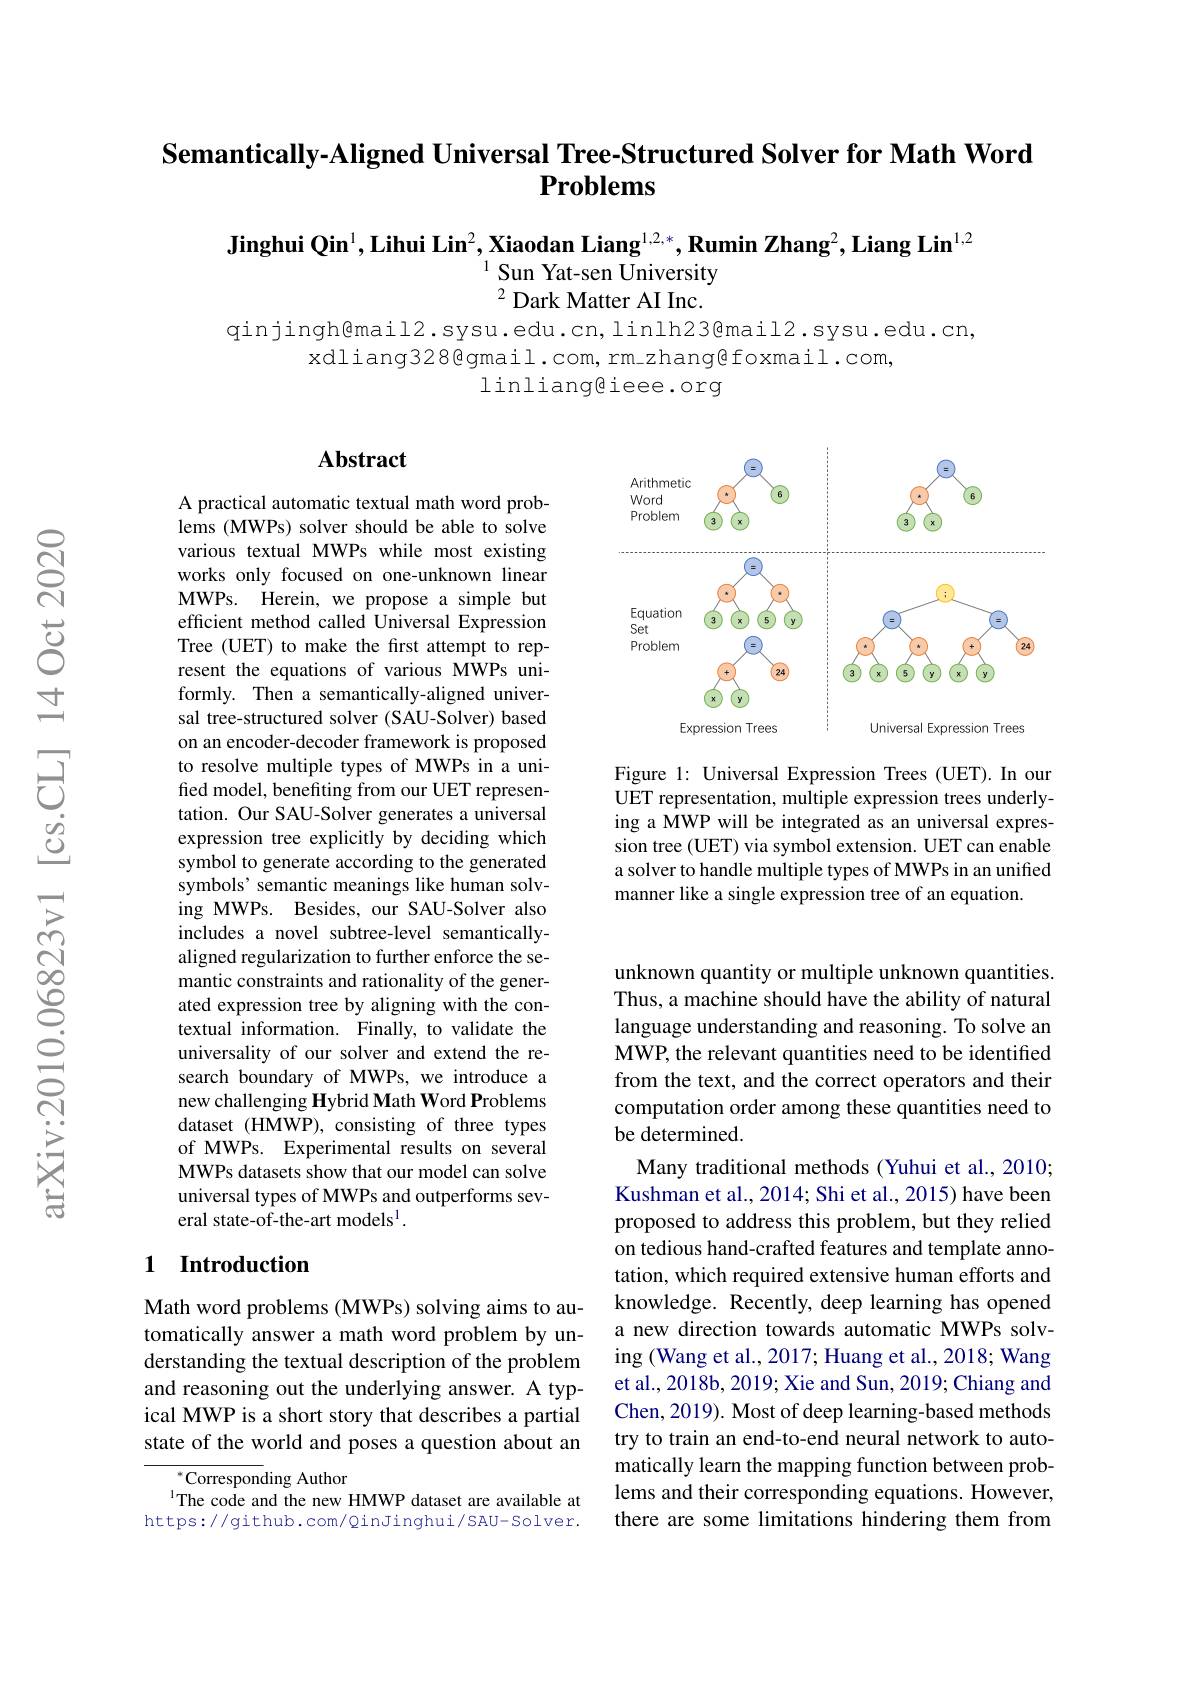
### Semantically-Aligned Universal Tree-Structured Solver for Math Word $\mathbf{Problems}$

Jinghui Qin$^1,\textbf{Lihui Lin}^2,\textbf{Xiaodan Liang}^{1,2,*},\textbf{Rumin Zhang}^2,\textbf{Liang Lin}^{1,2}$
$^{1}$Sun Yat-sen University $^2$ Dark Matter AI Inc.

qinjingh@mail2.sysu.edu.cn,linlh23@mail2.sysu.edu.cn,
xdliang328@gmail.com, rm\_zhang@foxmail.com,
linliangeiee.org

### $\mathbf{Abstract}$

<FigureHere>

Figure 1: Universal Expression Trees (UET).In our UET representation, multiple expression trees underlying a MWP will be integrated as an universal expression tree (UET) via symbol extension. UET can enable a solver to handle multiple types of MWPs in an uniffed manner like a single expression tree of an equation.

A practical automatic textual math word problems (MWPs) solver should be able to solve various textual MWPs while most existing works only focused on one-unknown linear MWPs. Herein, we propose a simple but efficient method called Universal Expression Tree (UET) to make the first attempt to represent the equations of various MWPs uniformly. Then a semantically-aligned universal tree-structured solver (SAU-Solver) based on an encoder-decoder framework is proposed to resolve multiple types of MWPs in a unified model, benefiting from our UET representation. Our SAU-Solver generates a universal expression tree explicitly by deciding which symbol to generate according to the generated symbols' semantic meanings like human solving MWPs. Besides, our SAU-Solver also includes a novel subtree-level semanticallyaligned regularization to further enforce the semantic constraints and rationality of the generated expression tree by aligning with the contextual information. Finally, to validate the universality of our solver and extend the research boundary of MWPs, we introduce a new challenging Hybrid Math Word Problems dataset (HMWP), consisting of three types of MWPs. Experimental results on several MWPs datasets show that our model can solve universal types of MWPs and outperforms several state-of-the-art models$^{\mathrm{l}}.$

unknown quantity or multiple unknown quantities. Thus, a machine should have the ability of natural language understanding and reasoning. To solve an MWP, the relevant quantities need to be identified from the text, and the correct operators and their computation order among these quantities need to be determined.
Many traditional methods (Yuhui et al., 2010; Kushman et al., 2014; Shi et al., 2015) have been proposed to address this problem, but they relied on tedious hand-crafted features and template annotation, which required extensive human efforts and knowledge. Recently, deep learning has opened a new direction towards automatic MWPs solving (Wang et al., 2017; Huang et al., 2018; Wang et al., 2018b, 2019; Xie and Sun, 2019; Chiang and Chen, 2019). Most of deep learning-based methods try to train an end-to-end neural network to automatically learn the mapping function between problems and their corresponding equations. However, there are some limitations hindering them from

### 1 Introduction

Math word problems (MWPs) solving aims to automatically answer a math word problem by understanding the textual description of the problem and reasoning out the underlying answer. A typical MWP is a short story that describes a partial state of the world and poses a question about an

${}^{*}$Corresponding Author
$^{1}$The code and the new HMWP dataset are available at https://github.com/QinJinghui/SAU-Solver.